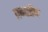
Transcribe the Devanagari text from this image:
एन्टरैप